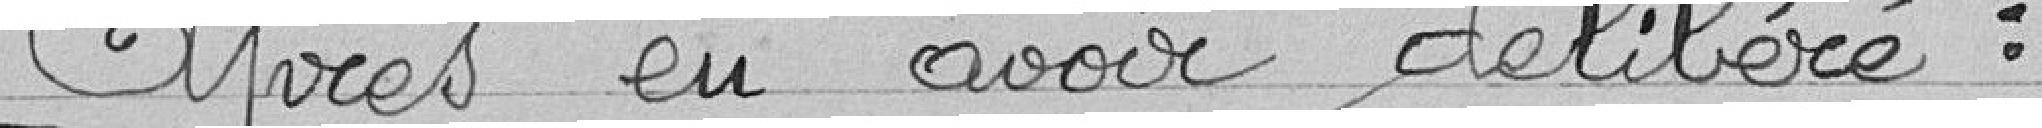
Après en avoir délibéré :